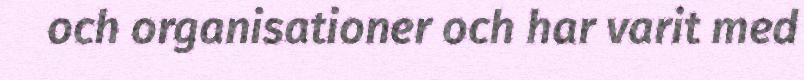
och organisationer och har varit med